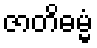
ဇာတိဓမ္မံ